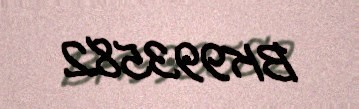
BK993582